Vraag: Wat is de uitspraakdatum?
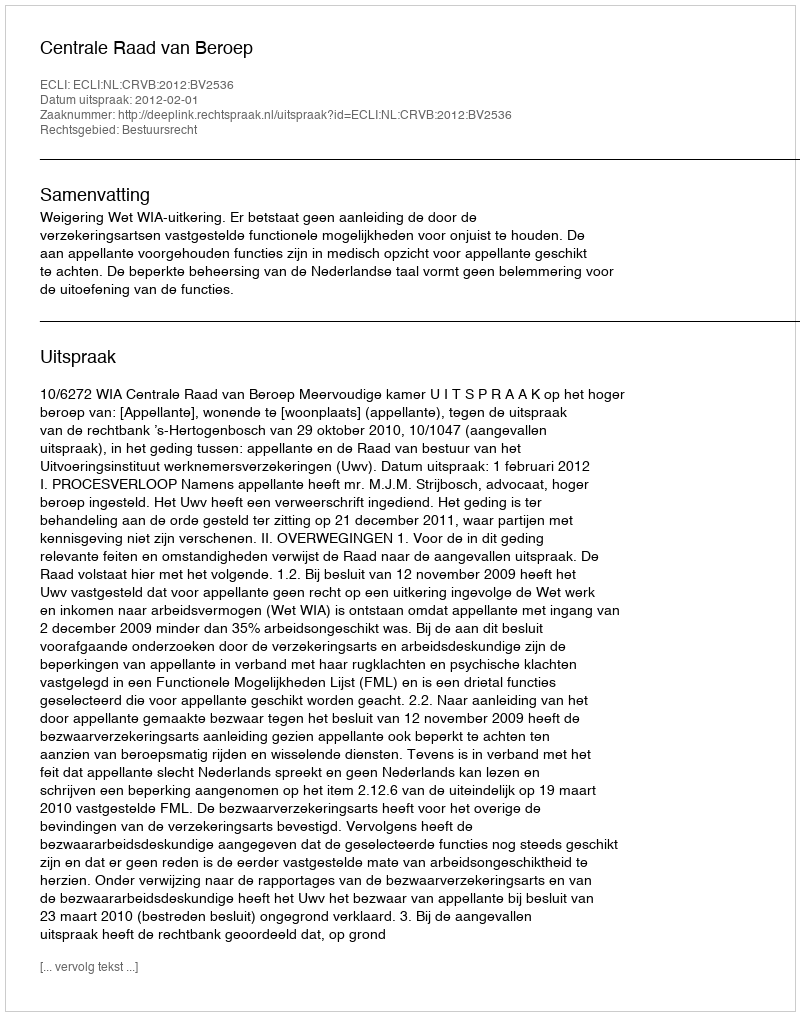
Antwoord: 2012-02-01